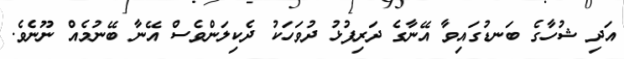
އަދި ޝުހާގެ ބަނޑުގައިވާ އޭނާގެ ދަރިފުޅު ދުވަހަކު ދެކިލަންވެސް އޭނާ ބޭނުމެއް ނޫނެވެ.